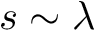
s \sim \lambda